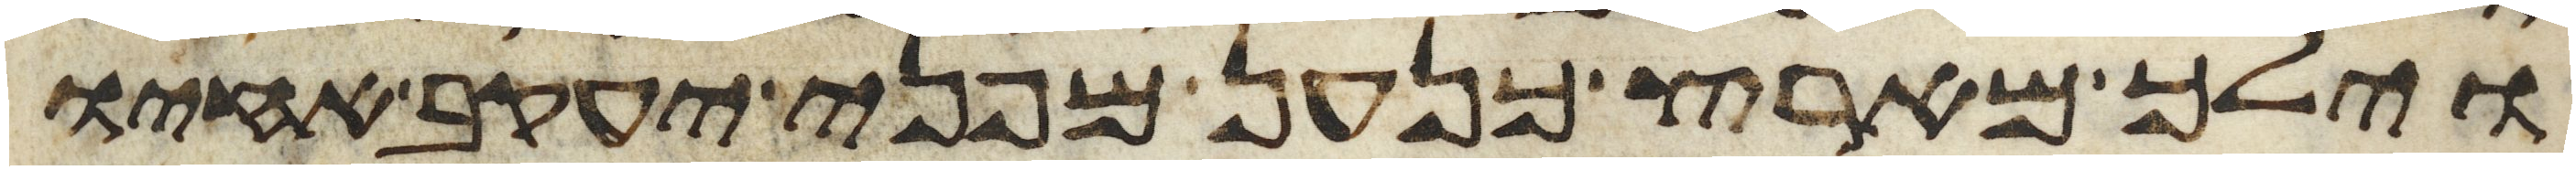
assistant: וילך מארץ כנען מפני יעקב אחיו